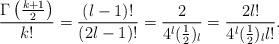
LaTeX: \begin{align*} \frac{\Gamma\left(\frac{k+1}{2}\right)}{k!} = \frac{(l-1)!}{(2l-1)!} = \frac{2}{4^l(\frac 12)_l}=\frac{2 l!}{4^l(\frac 12)_l l!}.\end{align*}